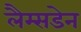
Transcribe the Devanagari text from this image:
लैम्सडेन